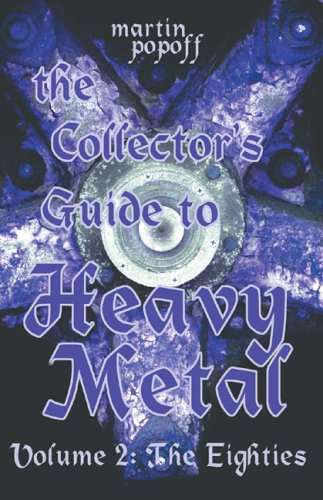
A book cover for The Collector's Guide to Heavy Metal: Volume 2: The Eighties; Martin Popoff; Crafts, Hobbies & Home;